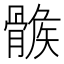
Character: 𩩽